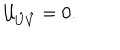
LaTeX: { \cal U } _ { \hat { U } \hat { V } } = 0 .